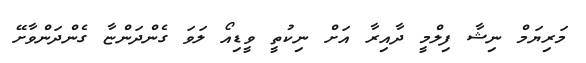
މަރިޔަމް ނިޝާ ފިލްމީ ދާއިރާ އަށް ނިކުތީ ވީޑިއޯ ލަވަ ގެންދަންޏާ ގެންދަންވާށޭ